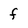
Character: f